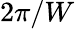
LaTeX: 2\pi/W